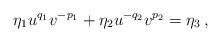
LaTeX: \begin{align*}\eta_1 u^{q_1}v^{-p_1} + \eta_2 u^{-q_2}v^{p_2}=\eta_3 \,,\end{align*}